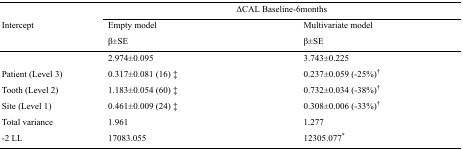
| <ROWSPAN=3> Intercept | <COLSPAN=2> ΔCAL Baseline-6months |
 | Empty model β±SE | Multivariate model β±SE |
 | --- | --- | --- |
 |  | 2.974±0.095 | 3.743±0.225 |
 | Patient (Level 3) | 0.317±0.081 (16) ‡ | 0.237±0.059 (-25%)• |
 | Tooth (Level 2) | 1.183±0.054 (60) ‡ | 0.732±0.034 (-38%)• |
 | Site (Level 1) | 0.461±0.009 (24) ‡ | 0.308±0.006 (-33%)• |
 | Total variance | 1.961 | 1.277 |
 | -2 LL | 17083.055 | 12305.077* |